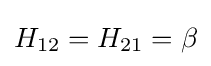
H_{12}=H_{21}=\beta